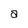
Character: a